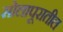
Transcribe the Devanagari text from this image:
सोलापूरातील